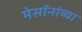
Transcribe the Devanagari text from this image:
मेसॉनांच्या